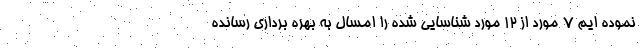
نموده ایم ۷ مورد از ۱۲ مورد شناسایی شده را امسال به بهره برداری رسانده